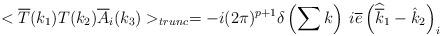
LaTeX: \begin{align*}<\overline{T}(k_{1})T(k_{2})\overline{A}_{i}(k_{3})>_{trunc}=-i(2\pi )^{p+1}\delta \left( \sum k\right) \: i\overline{e}\left( \widehat{\overline{k}}_{1}-\hat{k}_{2}\right) _{i}\end{align*}